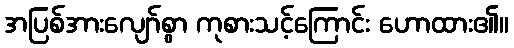
အပြစ်အားလျော်စွာ ကုစားသင့်ကြောင်း ဟောထား၏။